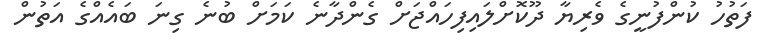
ފަތުހު ކުންފުނީގެ ވެރިޔާ ދޫކޮށްލައިފިހައްޖަށް ގެންދާނެ ކަމަށް ބުނެ ގިނަ ބައެއްގެ އަތުން